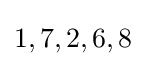
1,7,2,6,8